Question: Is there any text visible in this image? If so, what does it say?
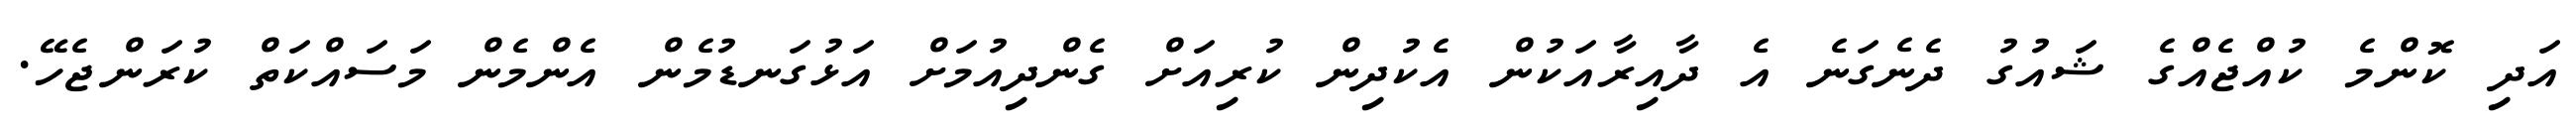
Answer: އަދި ކޮންމެ ކުއްޖެއްގެ ޝައުގު ދެނެގަނެ އެ ދާއިރާއަކުން އެކުދިން ކުރިއަށް ގެންދިއުމަށް އަޅުގަނޑުމެން އެންމެން މަސައްކަތް ކުރަންޖެހޭ.